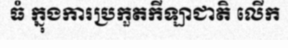
ធំ ក្នុងការប្រកួតកីឡាជាតិ លើក